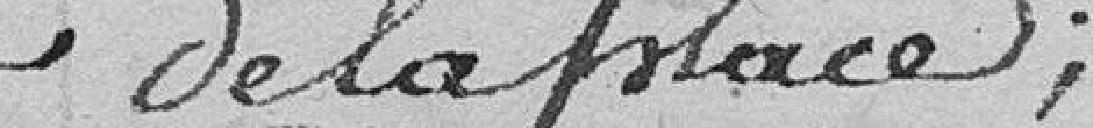
de la place ;